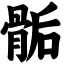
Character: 骺